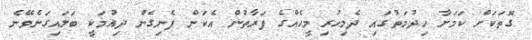
ގޮތަކަށް ކަމަށާ ހިދުމަތުގައި ދެމިހުރި މީހެއްގެ ފަރާތުން އެކަން ފެނިގެން ދިއުމަކީ ބަލައިގަނެވޭނެ